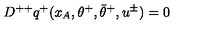
D ^ { + + } q ^ { + } ( x _ { A } , \theta ^ { + } , \bar { \theta } ^ { + } , u ^ { \pm } ) = 0